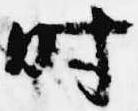
時